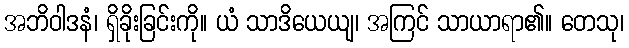
အဘိဝါဒနံ၊ ရှိခိုးခြင်းကို။ ယံ သာဒိယေယျ၊ အကြင် သာယာရာ၏။ တေသု၊